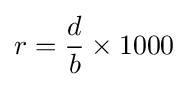
r={\frac {d}{b}}\times 1000